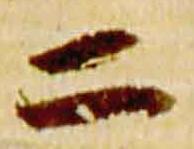
二